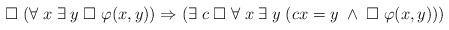
\begin{align*}\Box \; (\forall \; x \; \exists \; y \; \Box \; \varphi(x,y))\Rightarrow (\exists \; c \; \Box \; \forall \; x \; \exists \; y \; (cx=y \; \wedge \; \Box \; \varphi(x,y)))\end{align*}